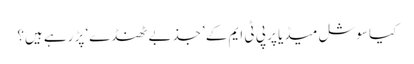
کیا سوشل میڈیا پر پی ٹی ایم کے ’جذبے ٹھنڈے‘ پڑ رہے ہیں؟